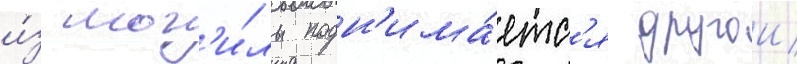
и́з мог'и́лы подн'има́етс'я другои